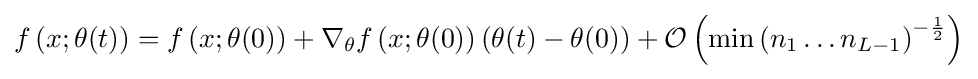
f\left(x;\theta (t)\right)=f\left(x;\theta (0)\right)+\nabla _{\theta }f\left(x;\theta (0)\right)\left(\theta (t)-\theta (0)\right)+{\mathcal {O}}\left(\min \left(n_{1}\dots n_{L-1}\right)^{-{\frac {1}{2}}}\right)